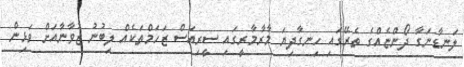
ލަނޑާނަގާ ދޯންޏެއްގެ ތެރޭގައި ހިނގާދިޔަ މާރާމާރީގައި ސީރިއަސް ޒަހަމްތަކެއް ލިބުނު ޒުވާނާއަށް ވަޅިން